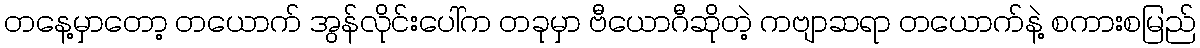
တနေ့မှာတော့ တယောက် အွန်လိုင်းပေါ်က တခုမှာ ဗီယောဂီဆိုတဲ့ ကဗျာဆရာ တယောက်နဲ့ စကားစမြည်